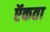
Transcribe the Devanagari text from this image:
ऍकता